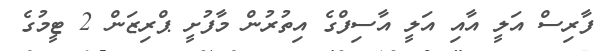
ފާރިސް އަލީ އާއި އަލީ އާސިފްގެ އިތުރުން މާފުށީ ޕްރިޒަން 2 ޓީމުގެ